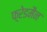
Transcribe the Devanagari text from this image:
फ़्रेडमैन